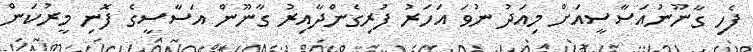
ފެހި ގާނޫނުއަސާސީއަށް މިއަދު ނުވަ އަހަރު ފުރިގެންދާއިރު ގާނޫން އަސާސީގެ ފޮނި މީރުކަން